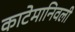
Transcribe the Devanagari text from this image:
काटेमानिवली